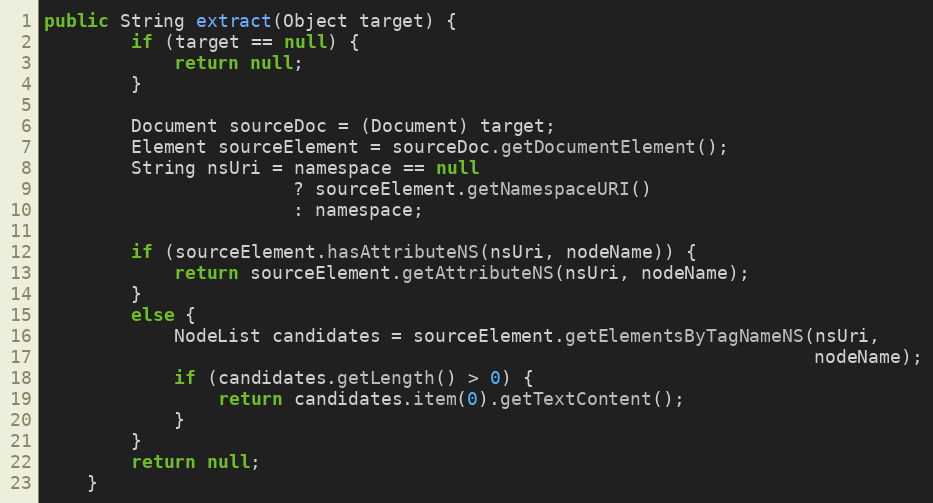
Language: Java
public String extract(Object target) {
        if (target == null) {
            return null;
        }

        Document sourceDoc = (Document) target;
        Element sourceElement = sourceDoc.getDocumentElement();
        String nsUri = namespace == null
                       ? sourceElement.getNamespaceURI()
                       : namespace;

        if (sourceElement.hasAttributeNS(nsUri, nodeName)) {
            return sourceElement.getAttributeNS(nsUri, nodeName);
        }
        else {
            NodeList candidates = sourceElement.getElementsByTagNameNS(nsUri,
                                                                       nodeName);
            if (candidates.getLength() > 0) {
                return candidates.item(0).getTextContent();
            }
        }
        return null;
    }